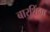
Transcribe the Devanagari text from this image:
बारशिंगा